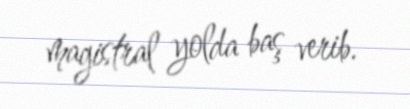
magistral yolda baş verib.